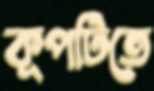
কূপটিতে